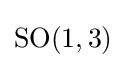
\operatorname {SO} (1,3)